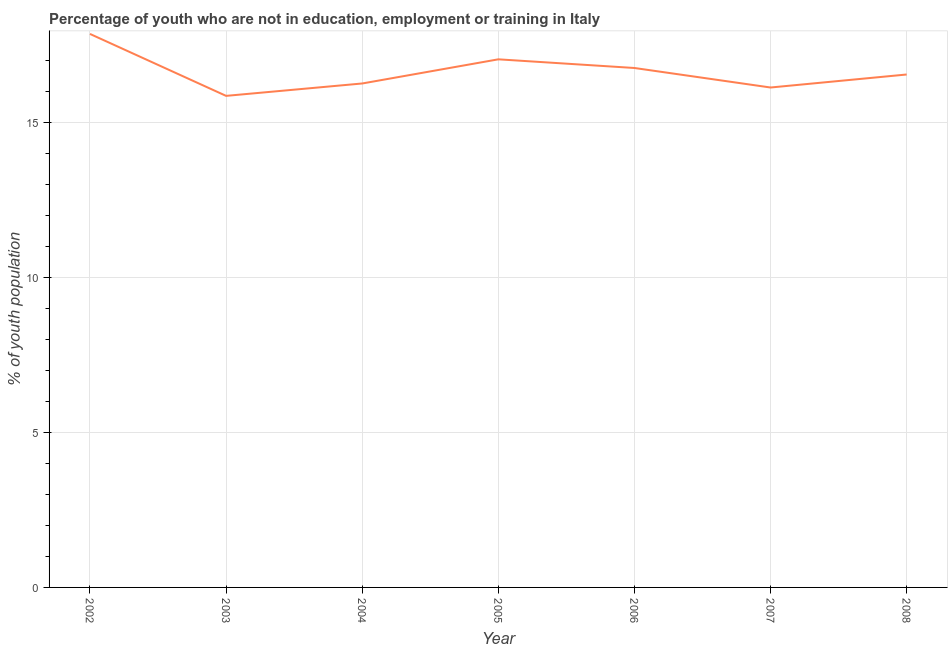
| Year | Unemployed youth |
 | --- | --- |
 | 2002 | 17.9 |
 | 2003 | 15.9 |
 | 2004 | 16.3 |
 | 2005 | 17 |
 | 2006 | 16.8 |
 | 2007 | 16.1 |
 | 2008 | 16.6 |